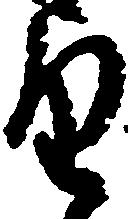
望